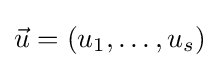
{\vec {u}}=(u_{1},\ldots ,u_{s})